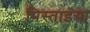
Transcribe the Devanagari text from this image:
पिस्ताइया